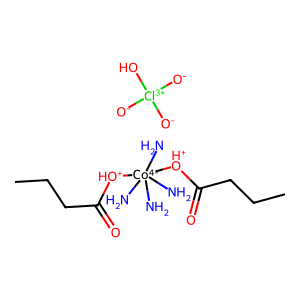
SMILES: CCCC(=O)[OH+][Co-4](N)(N)(N)(N)[OH+]C(=O)CCC.[O-][Cl+3]([O-])([O-])O
Inhibits HIV replication: No